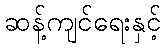
ဆန့်ကျင်ရေးနှင့်